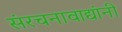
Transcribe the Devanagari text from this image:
संरचनावाद्यांनी